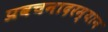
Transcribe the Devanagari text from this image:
प्रवचनादरम्यान